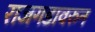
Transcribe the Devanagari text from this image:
राजगडावरुन